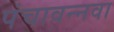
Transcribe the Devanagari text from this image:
पंचावन्नवा